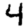
Digit: 4